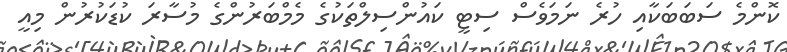
ކޮންމެ ސަބަބަކާއި ހުރެ ނަމަވެސް ސިޓީ ކައުންސިލްތަކުގެ މެމްބަރުންގެ މުސާރަ ކުޑަކުރުން މިއީ